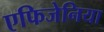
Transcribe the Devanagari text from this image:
एफिजेनिया